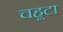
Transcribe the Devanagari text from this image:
चहूटा